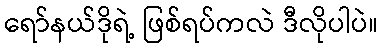
ရော်နယ်ဒိုရဲ့ ဖြစ်ရပ်ကလဲ ဒီလိုပါပဲ။